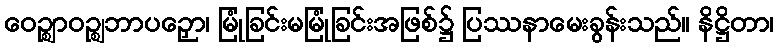
ဝေဉ္ဈာဝဉ္ဈဘာပဉှော၊ မြုံခြင်းမမြုံခြင်းအဖြစ်၌ ပြဿနာမေးခွန်းသည်။ နိဋ္ဌိတာ၊